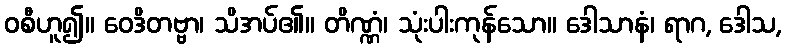
ဝစီဟူ၍။ ဝေဒိတဗ္ဗာ၊ သိအပ်၏။ တိဏ္ဏံ၊ သုံးပါးကုန်သော။ ဒေါသာနံ၊ ရာဂ, ဒေါသ,